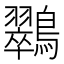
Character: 𮭚